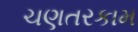
ચણતરકામ